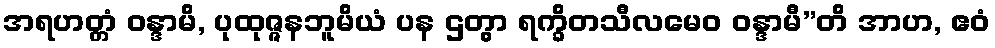
အရဟတ္တံ ဝန္ဒာမိ, ပုထုဇ္ဇနဘူမိယံ ပန ဌတွာ ရက္ခိတသီလမေဝ ဝန္ဒာမီ”တိ အာဟ, ဧဝံ